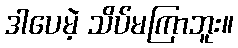
ဒါပေမဲ့ သိပ်မကြာဘူး။